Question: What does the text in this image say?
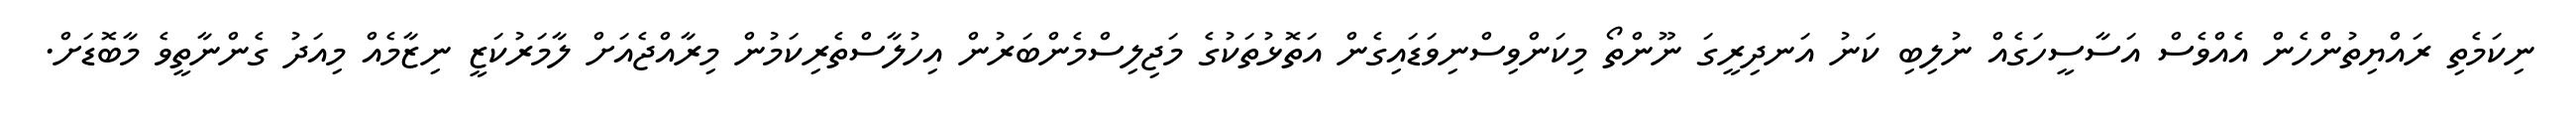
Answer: ނިކަމެތި ރައްޔިތުންހެން އެއްވެސް އަސާސީހަގެއް ނުލިބި ކަނު އަނދިރީގަ ނޫންތޯ މިކަންވިސްނިވަޑައިގެން އަތޮޅުތަކުގެ މަޖިލިސްމެންބަރުން އިހުލާސްތެރިކަމުން މިރާއްޖެއަށް ލާމަރުކަޒީ ނިޒާމެއް މިއަދު ގެންނާތީވެ މާބޮޑަށް.